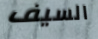
السيف